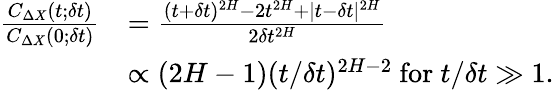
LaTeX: \begin{array}{rl}{\frac{C_{\Delta X}(t;\delta t)}{C_{\Delta X}(0;\delta t)}}&{=\frac{(t+\delta t)^{2H}-2t^{2H}+|t-\delta t|^{2H}}{2\delta t^{2H}}}\\ &{\propto{(2H-1)}({t}/{\delta t})^{2H-2}~\mathrm{for}~t/\delta t\gg 1.}\end{array}